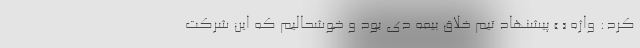
کرد: واژه « » پیشنهاد تیم خلاق بیمه دی بود و خوشحالیم که این شرکت